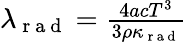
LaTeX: \begin{array}{r}{\lambda_{\mathrm{~r~a~d~}}=\frac{4acT^{3}}{3\rho\kappa_{\mathrm{~r~a~d~}}}}\end{array}